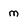
Character: m